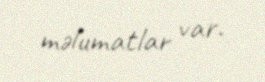
məlumatlar var.